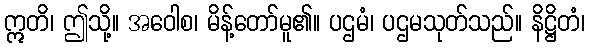
ဣတိ၊ ဤသို့။ အဝေါစ၊ မိန့်တော်မူ၏။ ပဌမံ၊ ပဌမသုတ်သည်။ နိဋ္ဌိတံ၊